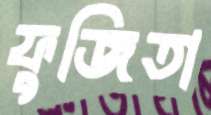
ফুজিতা